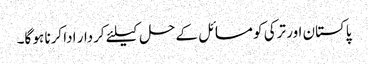
پاکستان اور ترکی کو مسائل کے حل کیلئے کردار ادا کرنا ہو گا۔